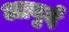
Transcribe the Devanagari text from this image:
आबुर्द